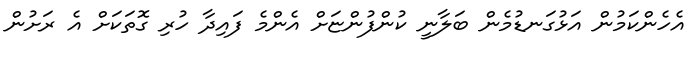
އެހެންކަމުން އަޅުގަނޑުމެން ބަލާނީ ކުންފުންޏަށް އެންމެ ފައިދާ ހުރި ގޮތަކަށް އެ ރަށުން